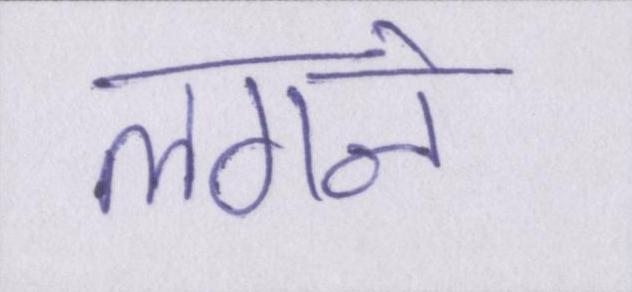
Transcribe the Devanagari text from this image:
लगने